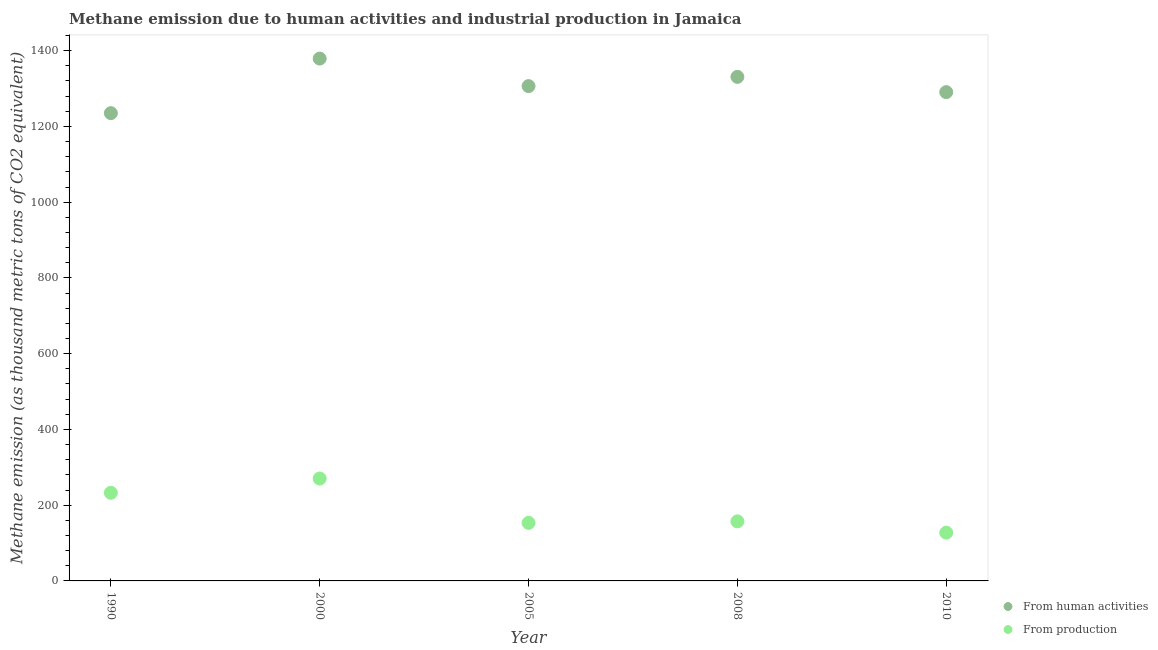
| Year | From human activities | From production |
 | --- | --- | --- |
 | 1990 | 1.24e+03 | 233 |
 | 2000 | 1.38e+03 | 270 |
 | 2005 | 1.31e+03 | 153 |
 | 2008 | 1.33e+03 | 157 |
 | 2010 | 1.29e+03 | 128 |